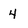
Character: 4